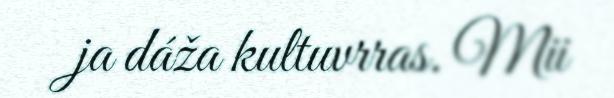
ja dáža kultuvrras. Mii